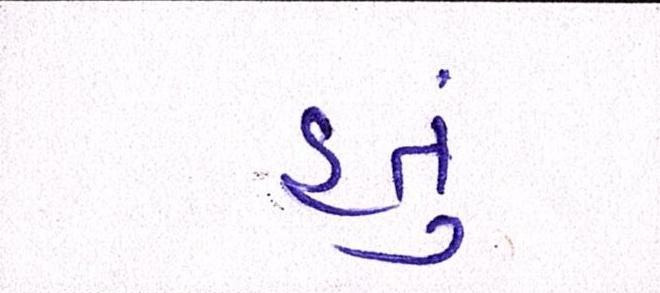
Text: હતું